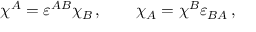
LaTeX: \chi ^ { A } = \varepsilon ^ { A B } \chi _ { B } \, , \qquad \chi _ { A } = \chi ^ { B } \varepsilon _ { B A } \, ,